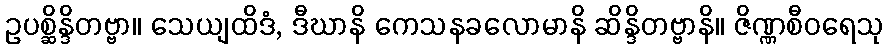
ဥပစ္ဆိန္ဒိတဗ္ဗာ။ သေယျထိဒံ, ဒီဃာနိ ကေသနခလောမာနိ ဆိန္ဒိတဗ္ဗာနိ။ ဇိဏ္ဏစီဝရေသု